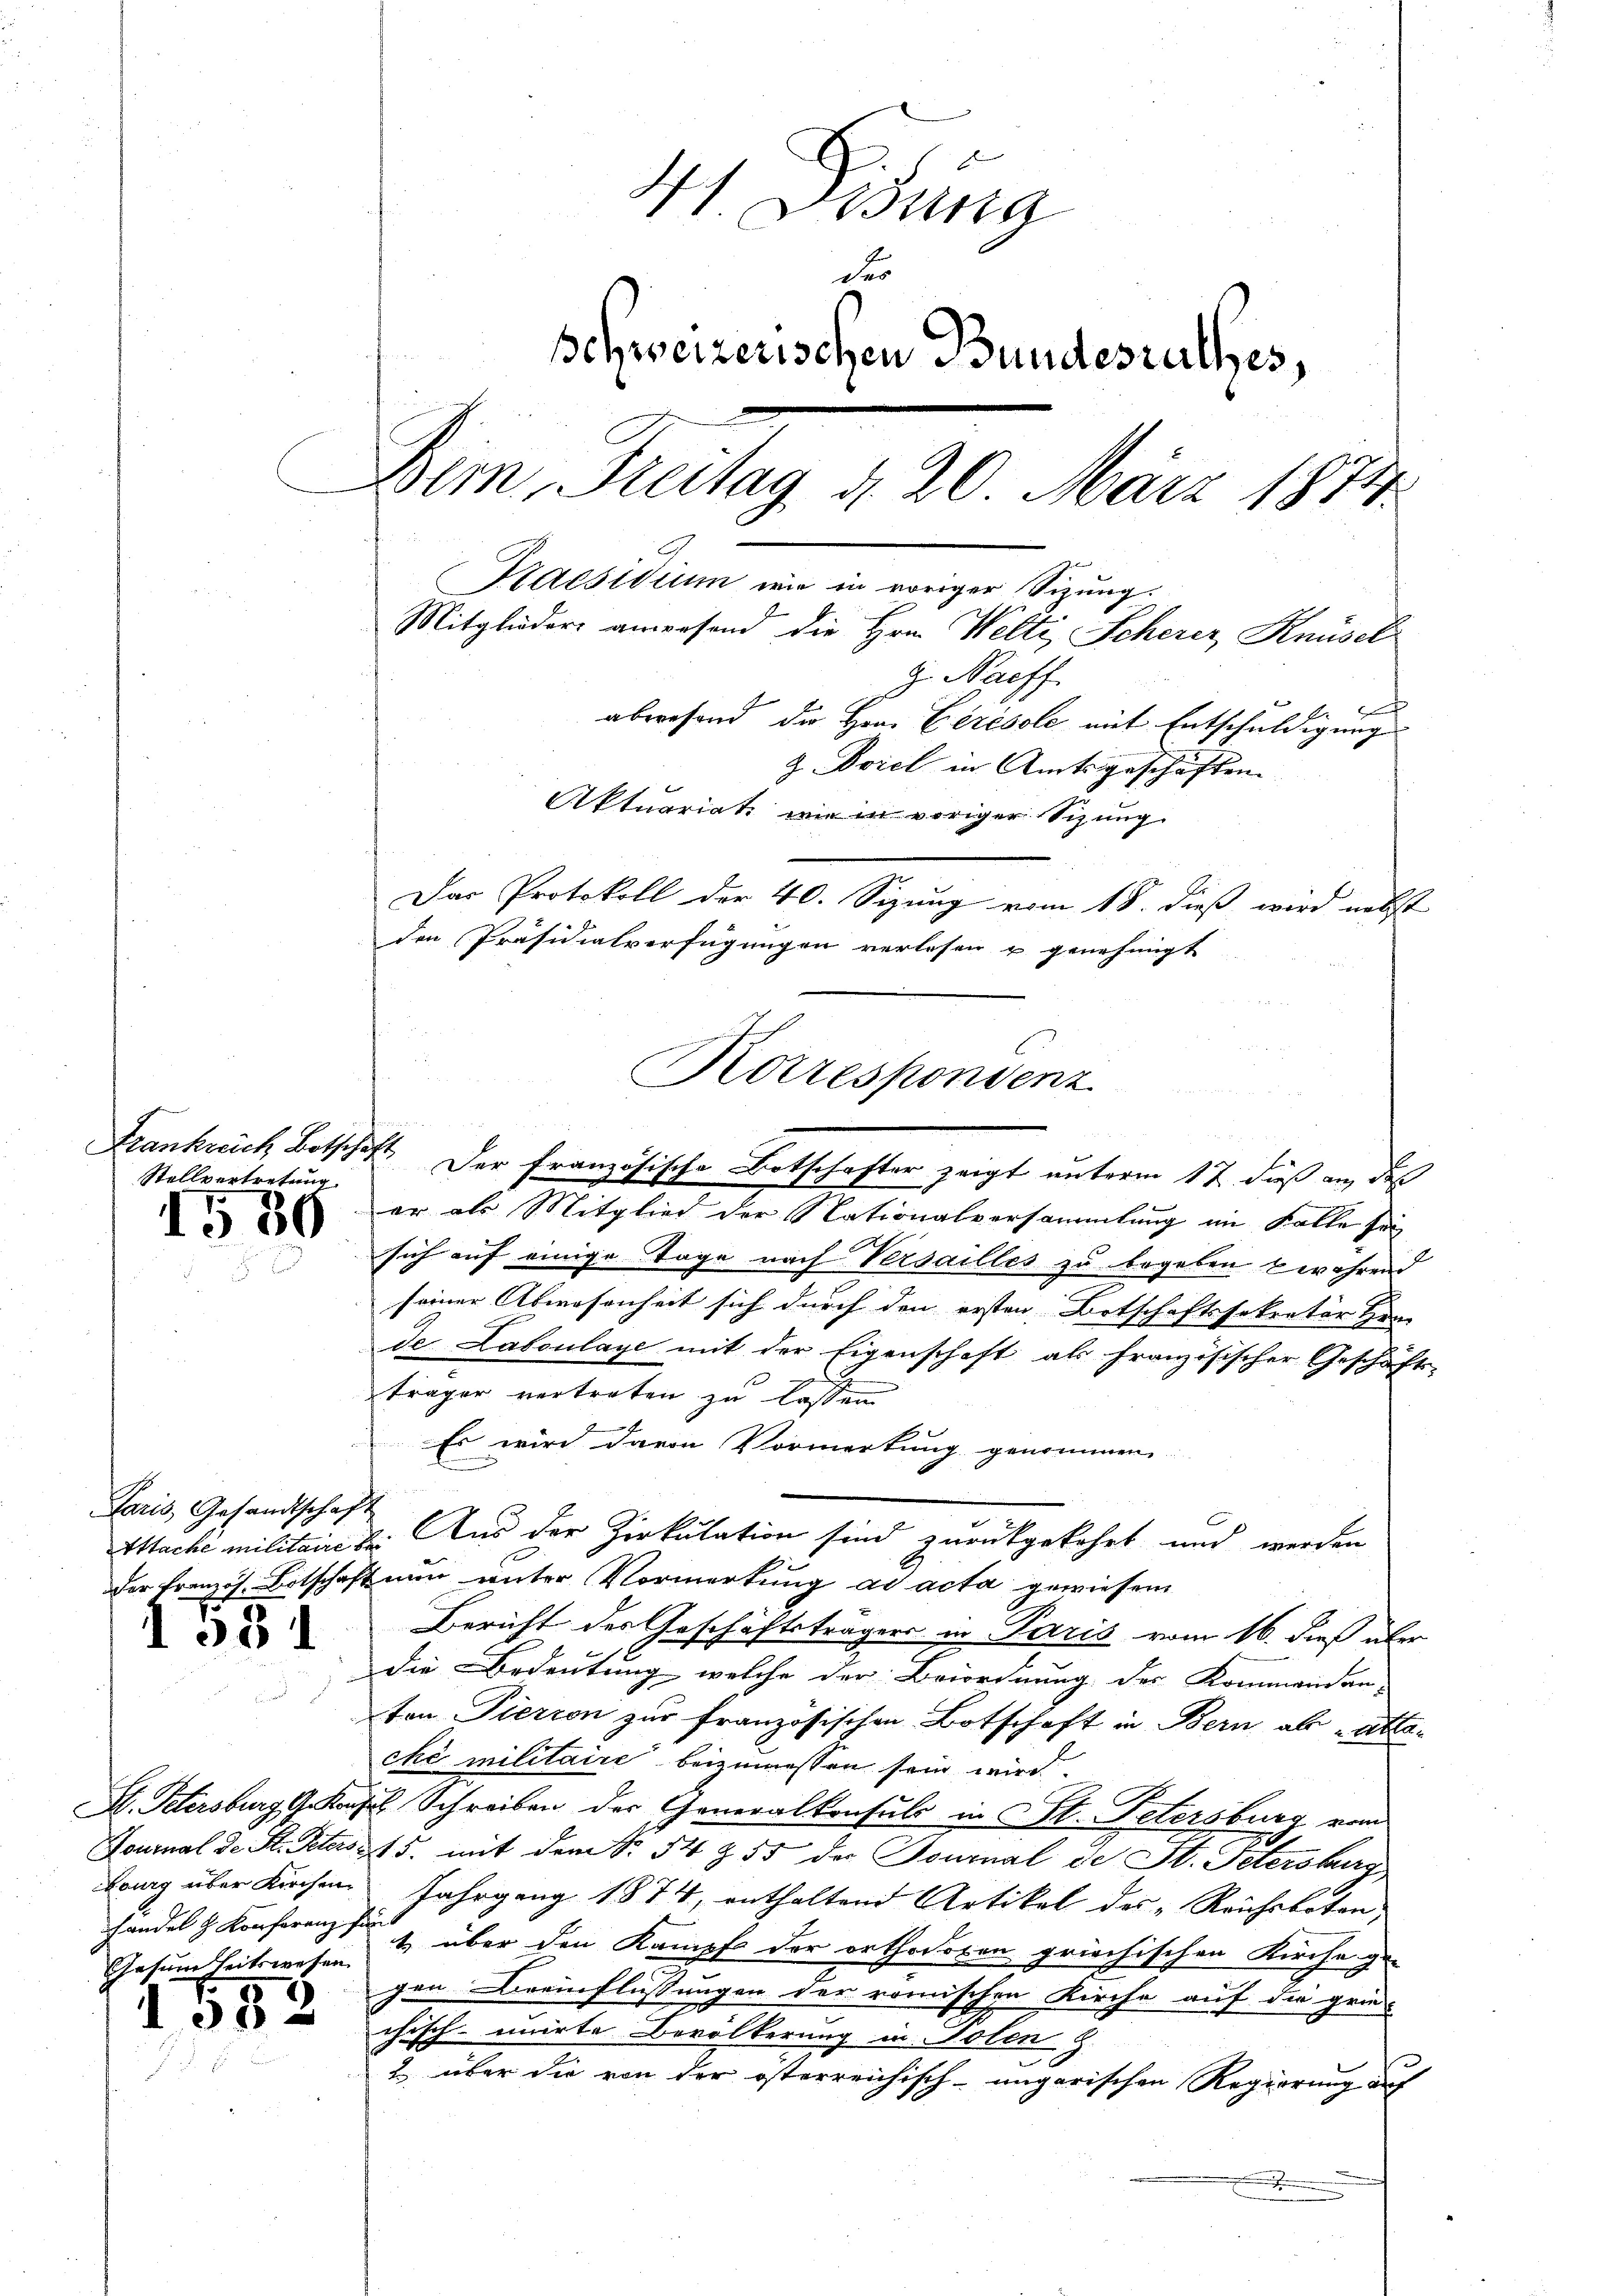
Stellvertretung.

15 30

Paris, Gesandtschaft
der Französ. Botschaft

33 1

S. Petersburg Gekanz
Fournal de St. Peters
burg über Kirchen
handel & Konferenz s
Gesundheitswesen

585

H. Visung
schweizerischen Bundesrathes,
Bern, Freitag d. 20. März 1874.
Kaesidium wie in voriger Sizung.
Mitglieder anwesend die Hrn. Welti Scherer Knüsel
g. Naeff.
abwesend, die Hrn. Cirésole mit Entschuldigung
Z. viel in Amtsgeschäften
Aktuariat wie in voriger Sitzung
Der Protokoll der 40. Seizung vom 18. dieß wird nebst
den Präsidialverfügungen verlesen u genehmigt

f

er als Mitglied der Nationalversammlung im Falle sei
sich auf einige Tage nach Versailles zu begeben während
seiner Abwesenheit sich durch den ersten Botschaftssekretär Her
de Laboulage mit der Eigenschaft als französischer Geschäfts-
träger vertreten zu lassen
Es wird davon Vormerkung genommen.
Mache militaire der Aus der Zirkulation sind zurückgekehrt und werden
nur unter Vormerkung ad acta gewiesem
Bericht des Geschäftsträgers in Paris vom 16. dieß über
die Bedeutung, welche der Beiordnung des Kommendan-
ton Pierren zur französischen Botschaft in Bern als atta-
ché militaire beizumessen sein wird.
u Schreiben der Generalkonsuls in St. Petersburg vom
15. mit den . 54 Z 55 der Fournal de St. Petersburg
Jahrgang 1874, enthaltend Artikel des „Reichsboten,
1 über den Kampf der orthodoxen griechischen Kirche ge-
5
gen Breinflüssungen der römischen Kirche auf die grie

chisch-unirte Bevölkerung in Polen z.
2 über die von der österreichisch-ungarischen Regierung auf
.

Korresponsenz
Frankrech Botschaft. Der Französische Botschafter zeigt unterm 17. dieß an, des